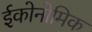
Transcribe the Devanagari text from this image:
ईकोनोमिक